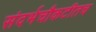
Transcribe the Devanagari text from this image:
संदर्भचौकटीतच